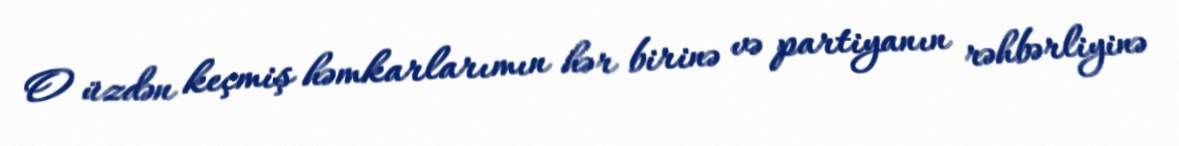
O üzdən keçmiş həmkarlarımın hər birinə və partiyanın rəhbərliyinə